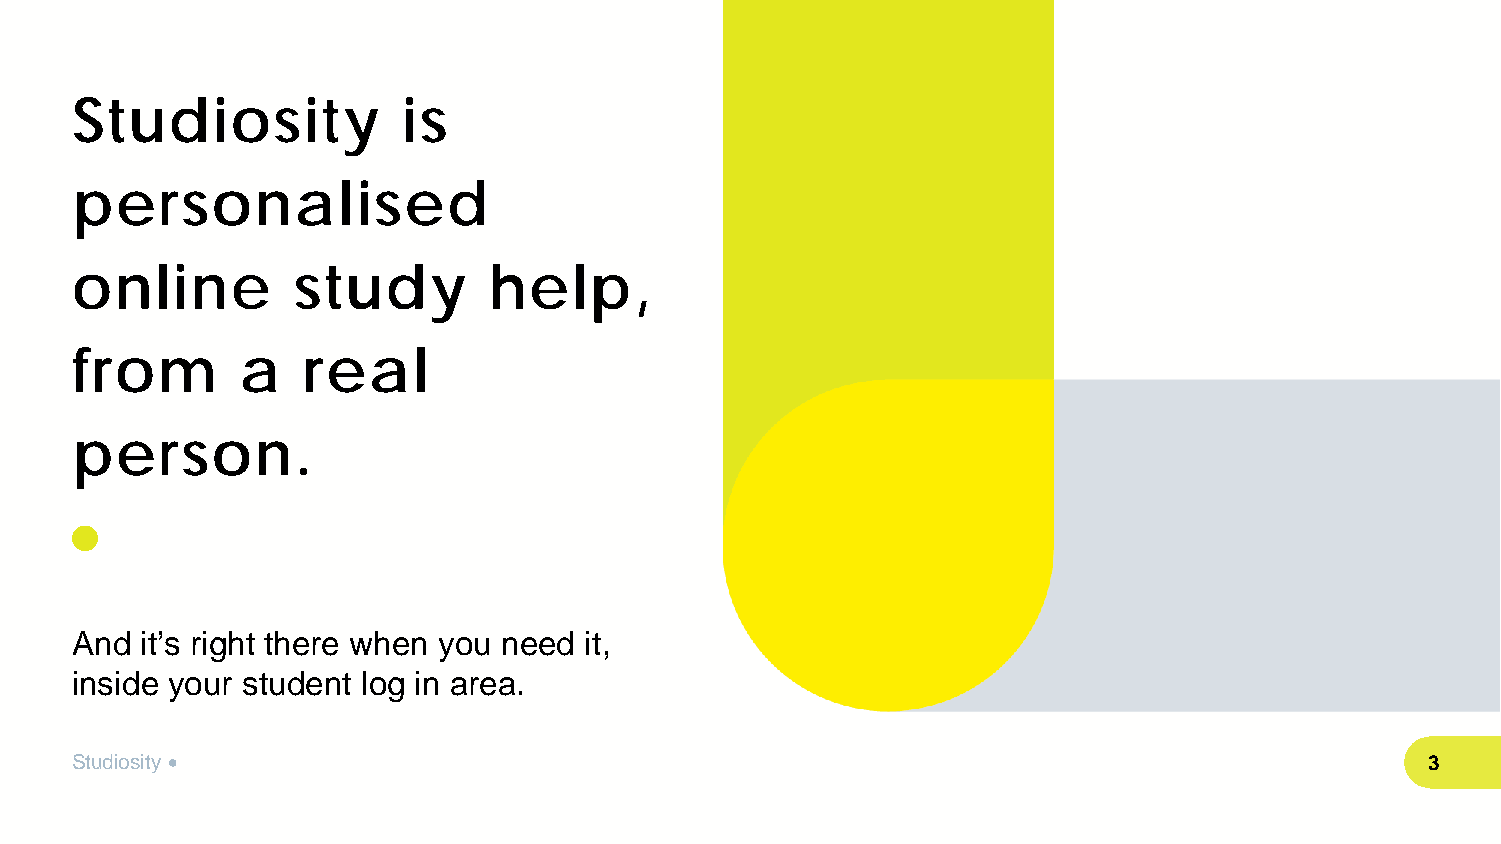
Studiosity            is
 personalised
 online        study        help,
 from       a   real
 person.
 And it’s right there when you need it,
 inside your student log in area.
 Studiosity •                                                                              3